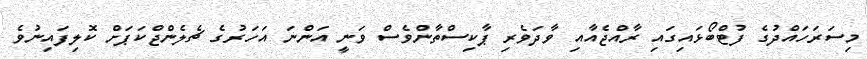
މިސަރަހައްދުގެ ފުޓްބޯޅައިގައި ރާއްޖެއާއި ވާދަވެރި ޕާކިސްތާންވެސް ވަނީ އަންނަ އަހަރުގެ ޗެލެންޖްކަޕަށް ކޮލިފައިނުވެ